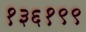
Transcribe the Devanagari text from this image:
१३६१९९